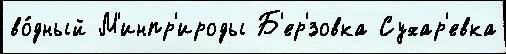
во́дный М'инпр'ироды Б'ер'́зовка Сухар'евка